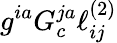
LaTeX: g^{ia}G_{c}^{ja}\ell_{ij}^{(2)}